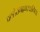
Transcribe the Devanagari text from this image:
घटादेरामद्रव्यस्याग्निना